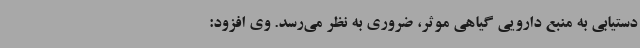
دستیابی به منبع دارویی گیاهی موثر، ضروری به نظر می‌رسد. وی افزود: